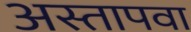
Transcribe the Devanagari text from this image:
अस्तापवा